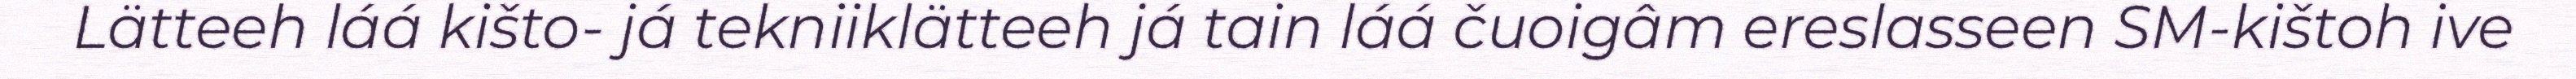
Lätteeh láá kišto- já tekniiklätteeh já tain láá čuoigâm ereslasseen SM-kištoh ive